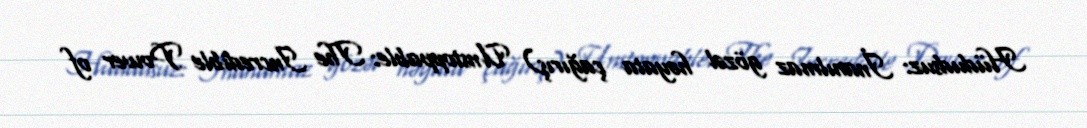
Hüdudsuz: İnanılmaz gözəl həyata çağırış) Unstoppable: The Incredible Power of